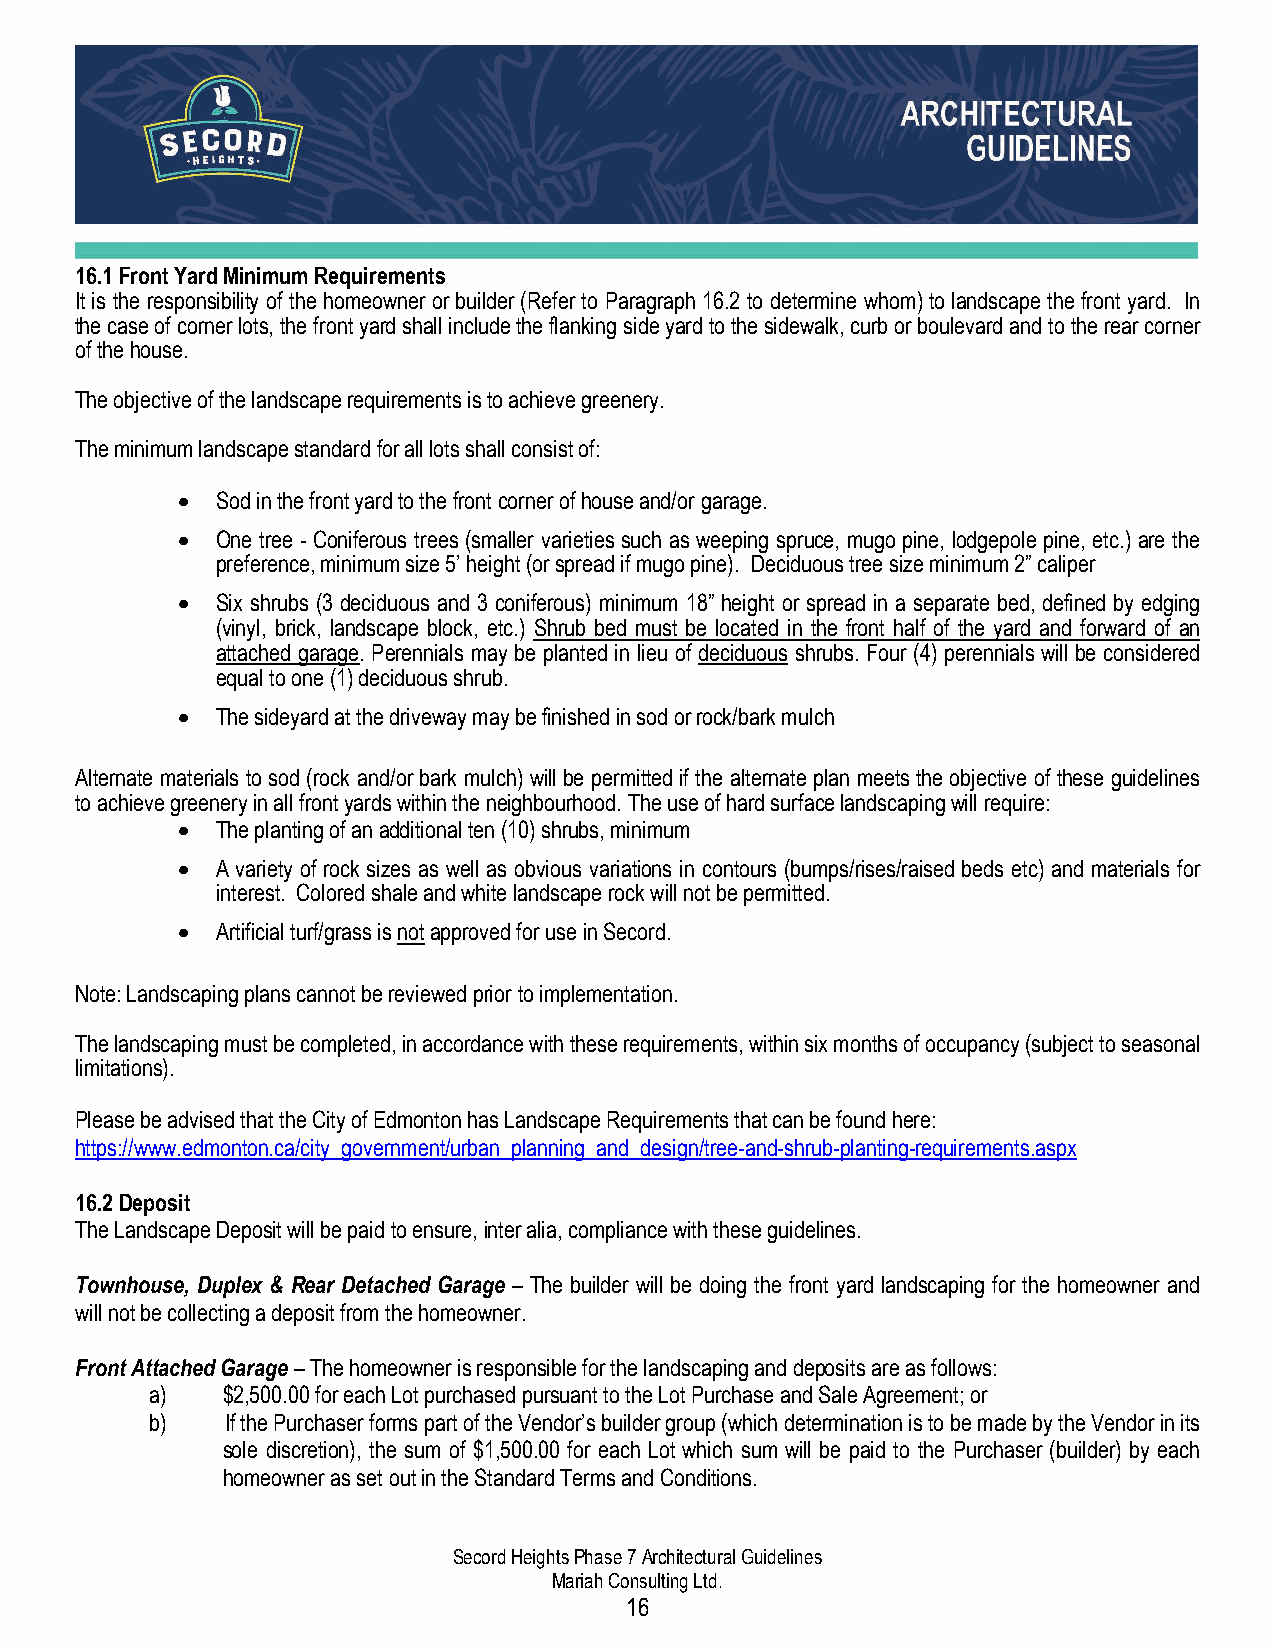
16.1 Front Yard Minimum Requirements
 It is the responsibility of the homeowner or builder (Refer to Paragraph 16.2 to determine whom) to landscape the front yard. In
 the case of corner lots, the front yard shall include the flanking side yard to the sidewalk, curb or boulevard and to the rear corner
 of the house.
 The objective of the landscape requirements is to achieve greenery.
 The minimum landscape standard for all lots shall consist of:
 • Sod in the front yard to the front corner of house and/or garage.
 • One tree - Coniferous trees (smaller varieties such as weeping spruce, mugo pine, lodgepole pine, etc.) are the
 preference, minimum size 5’ height (or spread if mugo pine). Deciduous tree size minimum 2” caliper
 • Six shrubs (3 deciduous and 3 coniferous) minimum 18” height or spread in a separate bed, defined by edging
 (vinyl, brick, landscape block, etc.) Shrub bed must be located in the front half of the yard and forward of an
 attached garage. Perennials may be planted in lieu of deciduous shrubs. Four (4) perennials will be considered
 equal to one (1) deciduous shrub.
 • The sideyard at the driveway may be finished in sod or rock/bark mulch
 Alternate materials to sod (rock and/or bark mulch) will be permitted if the alternate plan meets the objective of these guidelines
 to achieve greenery in all front yards within the neighbourhood. The use of hard surface landscaping will require:
 • The planting of an additional ten (10) shrubs, minimum
 • A variety of rock sizes as well as obvious variations in contours (bumps/rises/raised beds etc) and materials for
 interest. Colored shale and white landscape rock will not be permitted.
 • Artificial turf/grass is not approved for use in Secord.
 Note: Landscaping plans cannot be reviewed prior to implementation.
 The landscaping must be completed, in accordance with these requirements, within six months of occupancy (subject to seasonal
 limitations).
 Please be advised that the City of Edmonton has Landscape Requirements that can be found here:
 https://www.edmonton.ca/city_government/urban_planning_and_design/tree-and-shrub-planting-requirements.aspx
 16.2 Deposit
 The Landscape Deposit will be paid to ensure, inter alia, compliance with these guidelines.
 Townhouse, Duplex & Rear Detached Garage – The builder will be doing the front yard landscaping for the homeowner and
 will not be collecting a deposit from the homeowner.
 Front Attached Garage – The homeowner is responsible for the landscaping and deposits are as follows:
 a)   $2,500.00 for each Lot purchased pursuant to the Lot Purchase and Sale Agreement; or
 b)   If the Purchaser forms part of the Vendor’s builder group (which determination is to be made by the Vendor in its
 sole discretion), the sum of $1,500.00 for each Lot which sum will be paid to the Purchaser (builder) by each
 homeowner as set out in the Standard Terms and Conditions.
 Secord Heights Phase 7 Architectural Guidelines
 Mariah Consulting Ltd.
 16